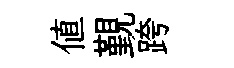
值覲跨